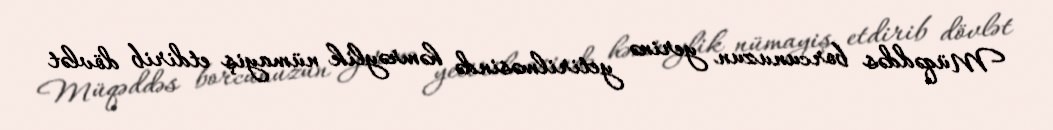
Müqəddəs borcunuzun yerinə yetirilməsində həmrəylik nümayiş etdirib dövlət